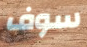
سوف